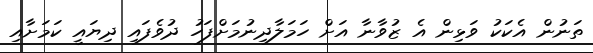
ތަނުން އެކަކު ވަޅިން އެ ޒުވާނާ އަށް ހަމަލާދިނުމަށްފަހު ދުވެފައި ދިޔައީ ކަމަށާއި